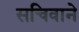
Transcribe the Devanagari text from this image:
सचिवाने